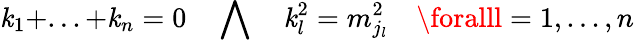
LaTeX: \mathit{k}_{1}+...+\mathit{k}_{n}=0\quad\bigwedge\quad\mathit{k}_{l}^{2}=m_{j_{l}}^{2}\quad\foralll=1,...,n